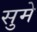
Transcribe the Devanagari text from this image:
सुमे